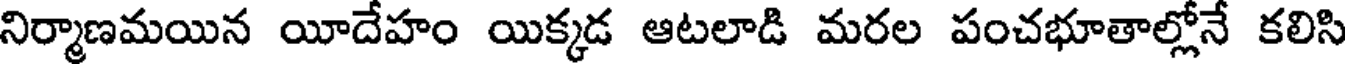
నిర్మాణమయిన యీదేహం యిక్కడ ఆటలాడి మరల పంచభూతాల్లోనే కలిసి